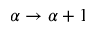
\alpha \rightarrow \alpha + 1